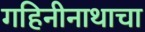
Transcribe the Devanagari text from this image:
गहिनीनाथाचा